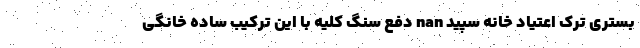
بستری ترک اعتیاد خانه سپید nan دفع سنگ کلیه با این ترکیب ساده خانگی